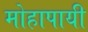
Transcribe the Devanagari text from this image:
मोहापायी